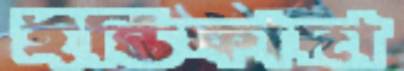
ইন্তিফাদা